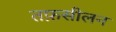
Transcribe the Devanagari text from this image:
तफ़सीलन